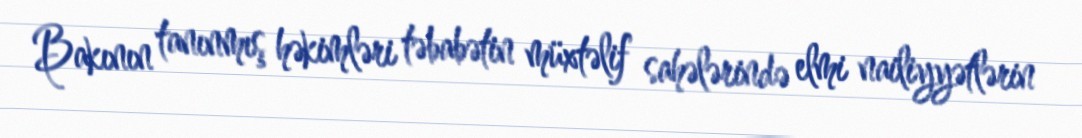
Bakının tanınmış həkimləri təbabətin müxtəlif sahələrində elmi nailiyyətlərin